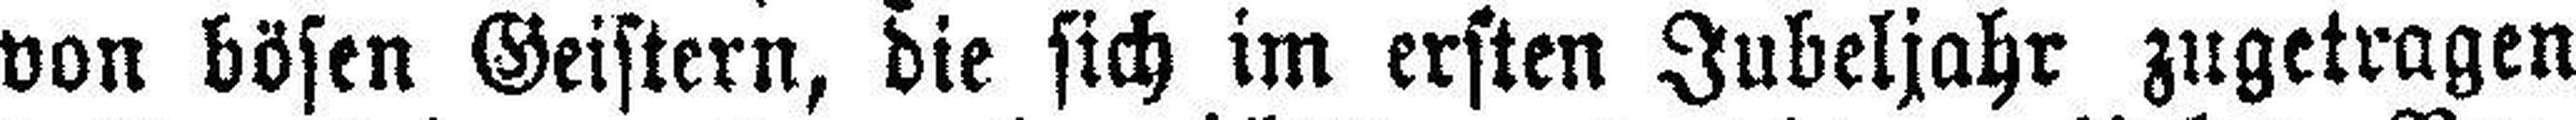
von bösen Geistern, die sich im ersten Jubeljahr zugetragen